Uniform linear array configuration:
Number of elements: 8
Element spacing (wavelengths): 0.75
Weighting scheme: hamming
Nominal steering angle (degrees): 30
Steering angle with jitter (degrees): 31.94
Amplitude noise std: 0.05
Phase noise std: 0.05

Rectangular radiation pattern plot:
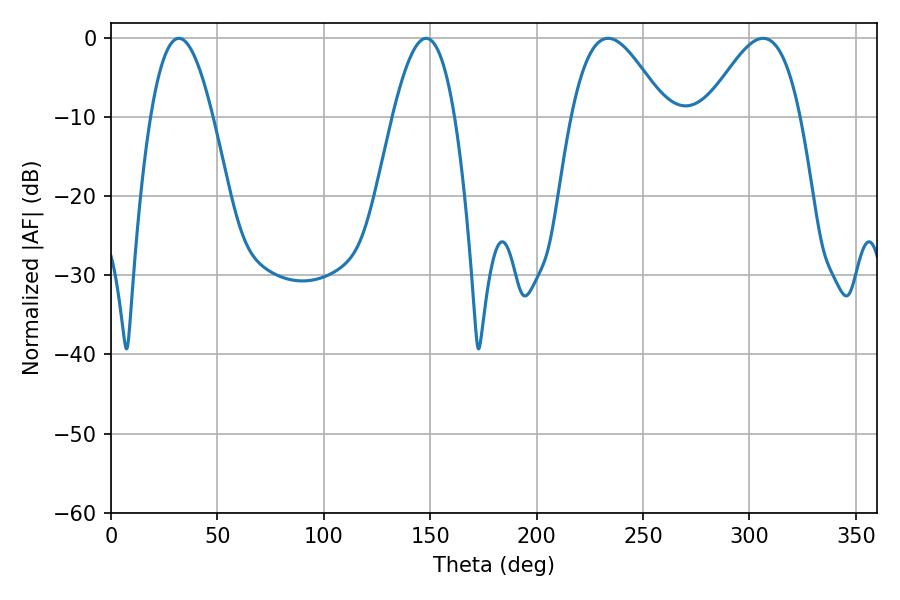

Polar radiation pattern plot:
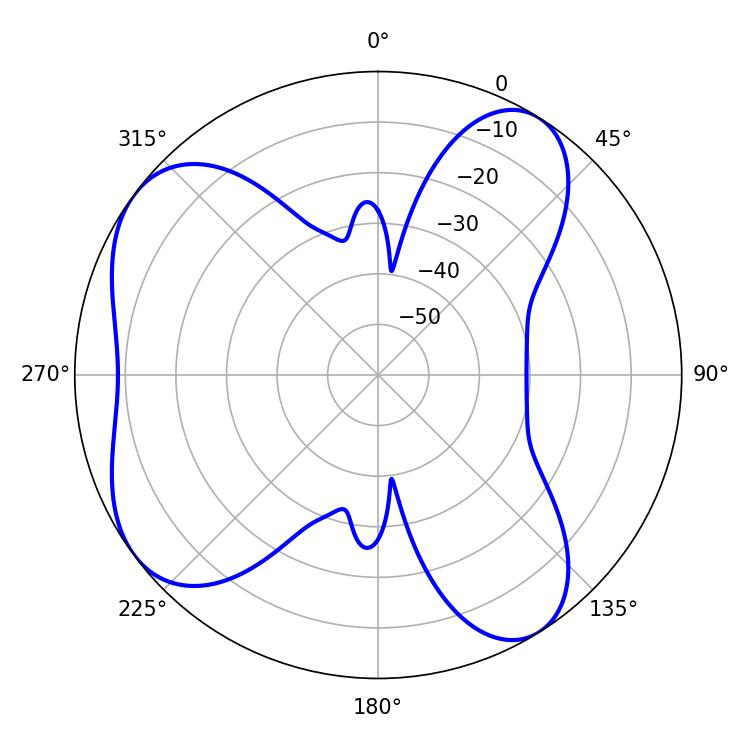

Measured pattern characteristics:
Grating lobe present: TRUE
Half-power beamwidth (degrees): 23.94
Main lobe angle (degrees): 306.36